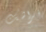
فراشك